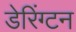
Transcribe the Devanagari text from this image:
डेरिंग्टन